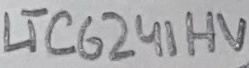
Text: LTC6241HV